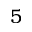
5